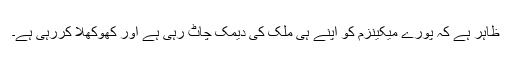
ظاہر ہے کہ پورے میکینزم کو اپنے ہی ملک کی دیمک چاٹ رہی ہے اور کھوکھلا کررہی ہے۔